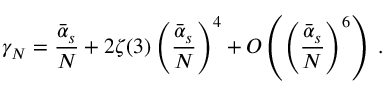
\gamma _ { N } = \frac { { \bar { \alpha } } _ { s } } { N } + 2 \zeta ( 3 ) \left( \frac { { \bar { \alpha } } _ { s } } { N } \right) ^ { 4 } + O \left( \left( \frac { { \bar { \alpha } } _ { s } } { N } \right) ^ { 6 } \right) \; .